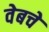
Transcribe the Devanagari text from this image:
वेबचे